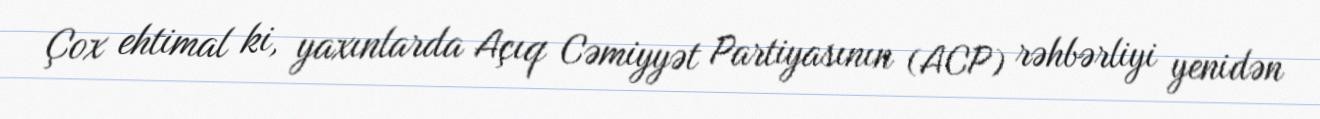
Çox ehtimal ki, yaxınlarda Açıq Cəmiyyət Partiyasının (ACP) rəhbərliyi yenidən